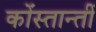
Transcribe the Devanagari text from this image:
कोंस्तान्तीं